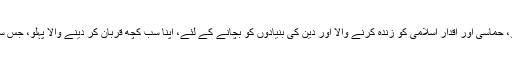
ساتھ ہی ایک کربلا کا روشن پہلو ہے، جو روشنی عطا کرتا ہے، کربلا کا حقیقی چہرہ اور پہلو، حماسی اور اقدار اسلامی کو زندہ کرنے والا اور دین کی بنیادوں کو بچانے کے لئے، اپنا سب کچھ قربان کر دینے والا پہلو، جس سے پتہ چلتا ہے کہ مولا امام حسین علیہ السلام نے دین اسلام کو کس طرح مجسم کرکے دکھایا۔